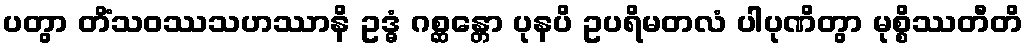
ပတွာ တိံသဝဿသဟဿာနိ ဥဒ္ဓံ ဂစ္ဆန္တော ပုနပိ ဥပရိမတလံ ပါပုဏိတွာ မုစ္စိဿတီတိ